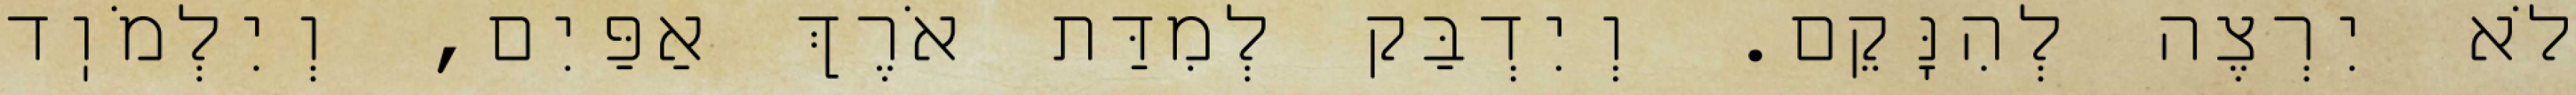
לֹא יִרְצֶה לְהִנָּקֵם. וְיִדְבַּק לְמִדַּת אֹרֶךְ אַפַּיִם, וְיִלְמֹוֽד